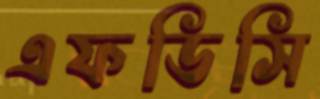
এফডিসি